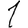
Digit: 1